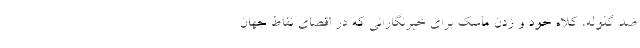
ضد گلوله، کلاه خود و زدن ماسک برای خبرنگارانی که در اقصای نقاط جهان